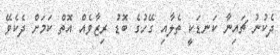
ދެކުނު ޗައިނާ ކަނޑަކީ ތެލާއި ގޭހުގެ ބޮޑު ރިޒާވެއް އޮތް ކަމަށް ދެކެވޭ